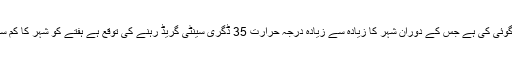
محکمہ موسمیات کی جانب سے شہر میں درجہ حرارت معتدل رہنے کی پیش گوئی کی ہے جس کے دوران شہر کا زیادہ سے زیادہ درجہ حرارت 35 ڈگری سینٹی گریڈ رہنے کی توقع ہے ہفتے کو شہر کا کم سے کم درجہ حرارت 28.5 جبکہ زیادہ سے زیادہ 35.5 ڈگری ریکارڈ کیا گیا۔